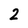
Character: 2